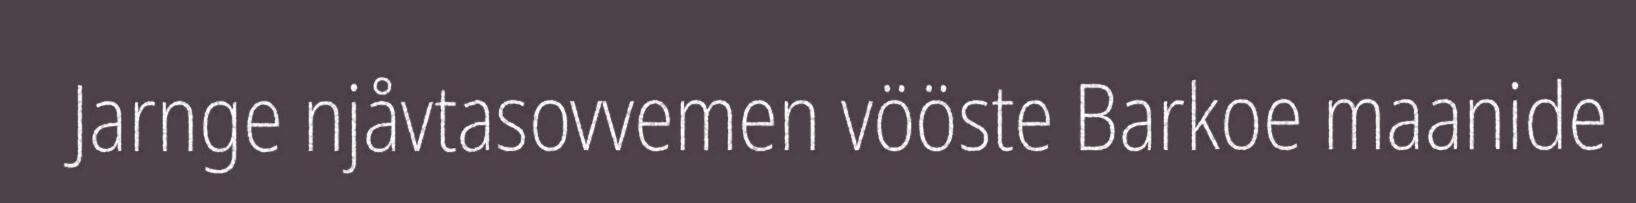
Jarnge njåvtasovvemen vööste Barkoe maanide